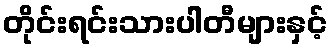
တိုင်းရင်းသားပါတီများနှင့်